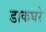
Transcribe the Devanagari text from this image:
डाकघरे